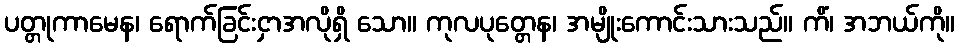
ပတ္တုကာမေန၊ ရောက်ခြင်းငှာအလိုရှိ သော။ ကုလပုတ္တေန၊ အမျိုးကောင်းသားသည်။ ကိံ၊ အဘယ်ကို။